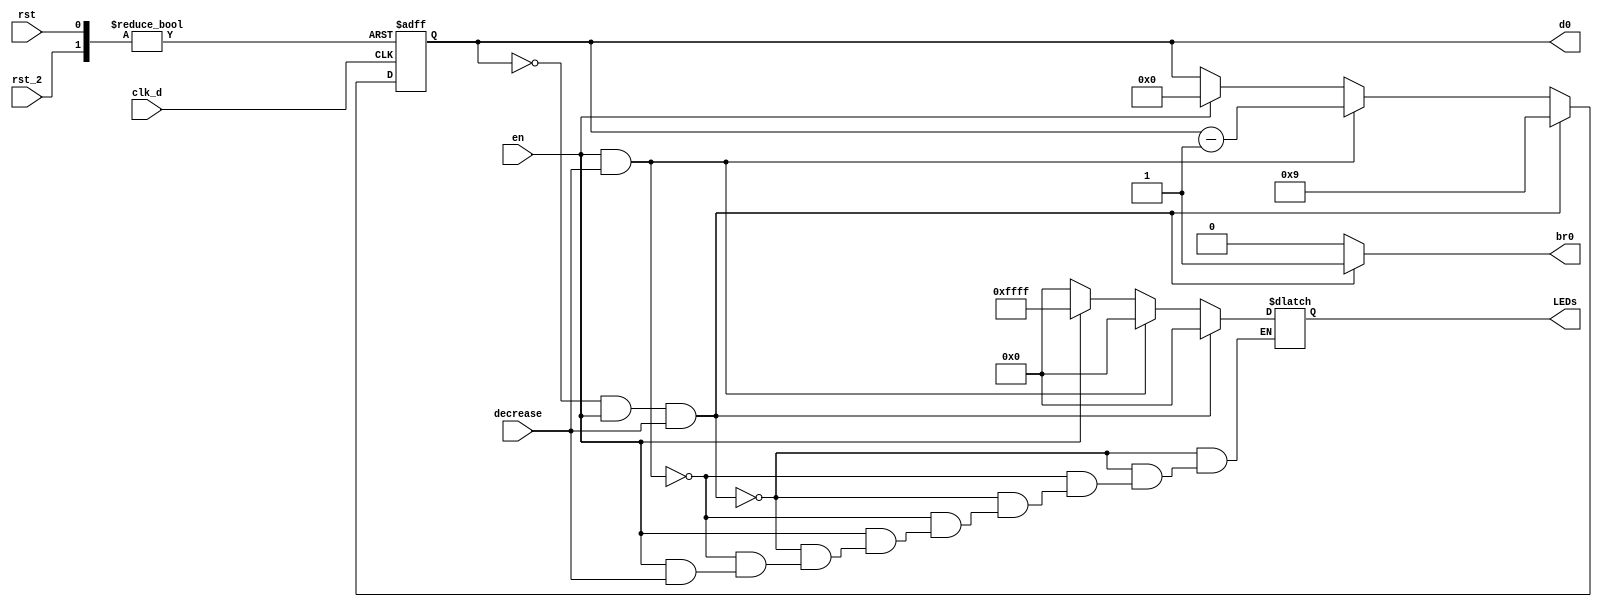
`timescale 1ns / 1ps
//////////////////////////////////////////////////////////////////////////////////
// Company: 
// Engineer: 
// 
// Design Name: 
// Module Name: downcounter_d0
// Project Name: 
// Target Devices: 
// Tool Versions: 
// Description: 
// 
// Dependencies: 
// 
// Revision:
// Revision 0.01 - File Created
// Additional Comments:
// 
//////////////////////////////////////////////////////////////////////////////////


module downcounter_d0(
     clk_d,
     en,
     rst,
     rst_2,
     decrease,
     d0,
     br0,
     LEDs
    );
    input clk_d;
    input en;
    input rst;
    input rst_2;
    input decrease;
    output reg [3:0] d0;
    output reg br0;
    output reg [15:0] LEDs;
    reg [3:0] d0_tmp;
    
    always@( posedge clk_d or posedge rst or posedge rst_2)
        if(rst)
            d0 <= 4'b0000;
        else if(rst_2)
            d0 <= 4'b0000;
        else
            d0 <= d0_tmp;
     
     
     always@( d0 or en or decrease)
        if( (d0==4'b0000) && en && decrease)       //20->19
            begin
            d0_tmp = 4'b1001;
            br0 = 1;                           //
            LEDs = 16'b0000_0000_0000_0000;
            end
         else if ( en && decrease)             //19->18
            begin
            d0_tmp = d0 - 1'b1;
            br0 = 0;
            LEDs = 16'b0000_0000_0000_0000;
            end
          else if( ~en )                       //
            begin
            d0_tmp = d0;
            br0 = 0;
            LEDs = 16'b0000_0000_0000_0000;
            end
          else if(~decrease)                   //wg00
            begin
            d0_tmp = 4'b0000;
            br0 = 0;
            LEDs = 16'b1111_1111_1111_1111;
            end
          else
            begin
            d0_tmp = 4'b0000;
            br0 = 16'b0000_0000_0000_0000;
            end 
endmodule